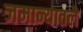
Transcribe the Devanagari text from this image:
जमान्यातले